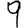
Digit: 9